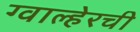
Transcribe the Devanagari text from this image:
ग्वाल्हेरची